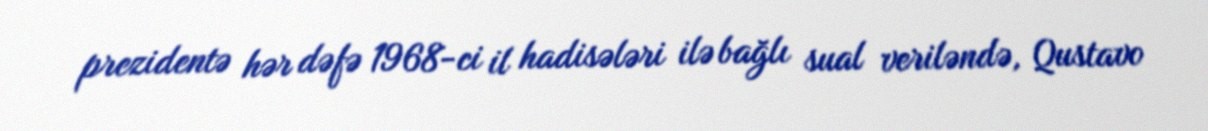
prezidentə hər dəfə 1968-ci il hadisələri ilə bağlı sual veriləndə, Qustavo